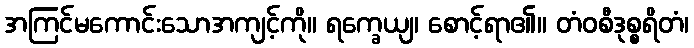
အကြင်မကောင်းသောအကျင့်ကို။ ရက္ခေယျ၊ စောင့်ရာ၏။ တံဝစီဒုစ္စရိတံ၊